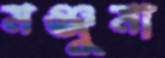
মঞ্জুমা